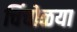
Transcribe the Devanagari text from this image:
चिंचोळया